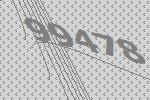
99478